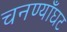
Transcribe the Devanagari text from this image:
चनण्याँघट